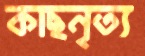
কাছনৃত্য